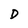
Character: D